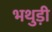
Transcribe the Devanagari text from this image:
भथुड़ी